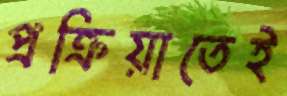
প্রক্রিয়াতেই